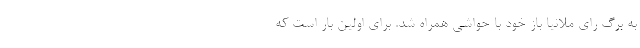
به برگ رای ملانیا باز خود با حواشی همراه شد. برای اولین بار است که